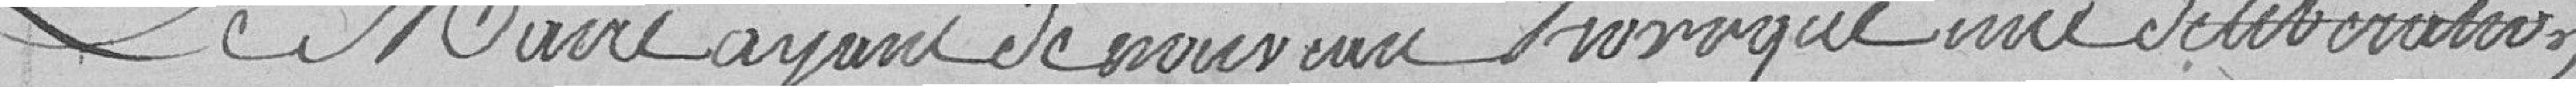
Le maire ayant de nouveau provoqué une délibération